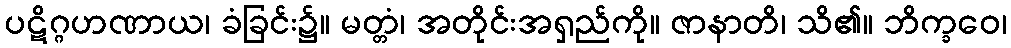
ပဋိဂ္ဂဟဏာယ၊ ခံခြင်း၌။ မတ္တံ၊ အတိုင်းအရှည်ကို။ ဇာနာတိ၊ သိ၏။ ဘိက္ခဝေ၊